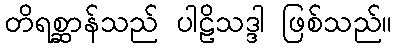
တိရစ္ဆာန်သည် ပါဠိသဒ္ဒါ ဖြစ်သည်။